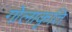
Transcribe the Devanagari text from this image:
गोलाकृति